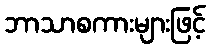
ဘာသာစကားများဖြင့်